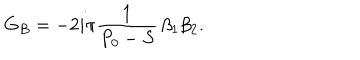
G _ { B } = - 2 i \pi { \frac { 1 } { P _ { 0 } - S } } \, \beta _ { 1 } \beta _ { 2 } . \,